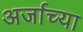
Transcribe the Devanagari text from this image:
अर्जाच्या